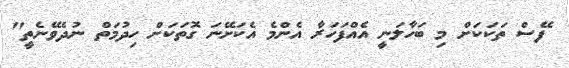
ފޭސް ތަކަކަށް މި ބަހާލަނީ އެއްފަހަރާ އެންމެ އެކަށޭނަ ގޮތަކަށް ހިދުމަތް ނުދެވޭނެތީ"